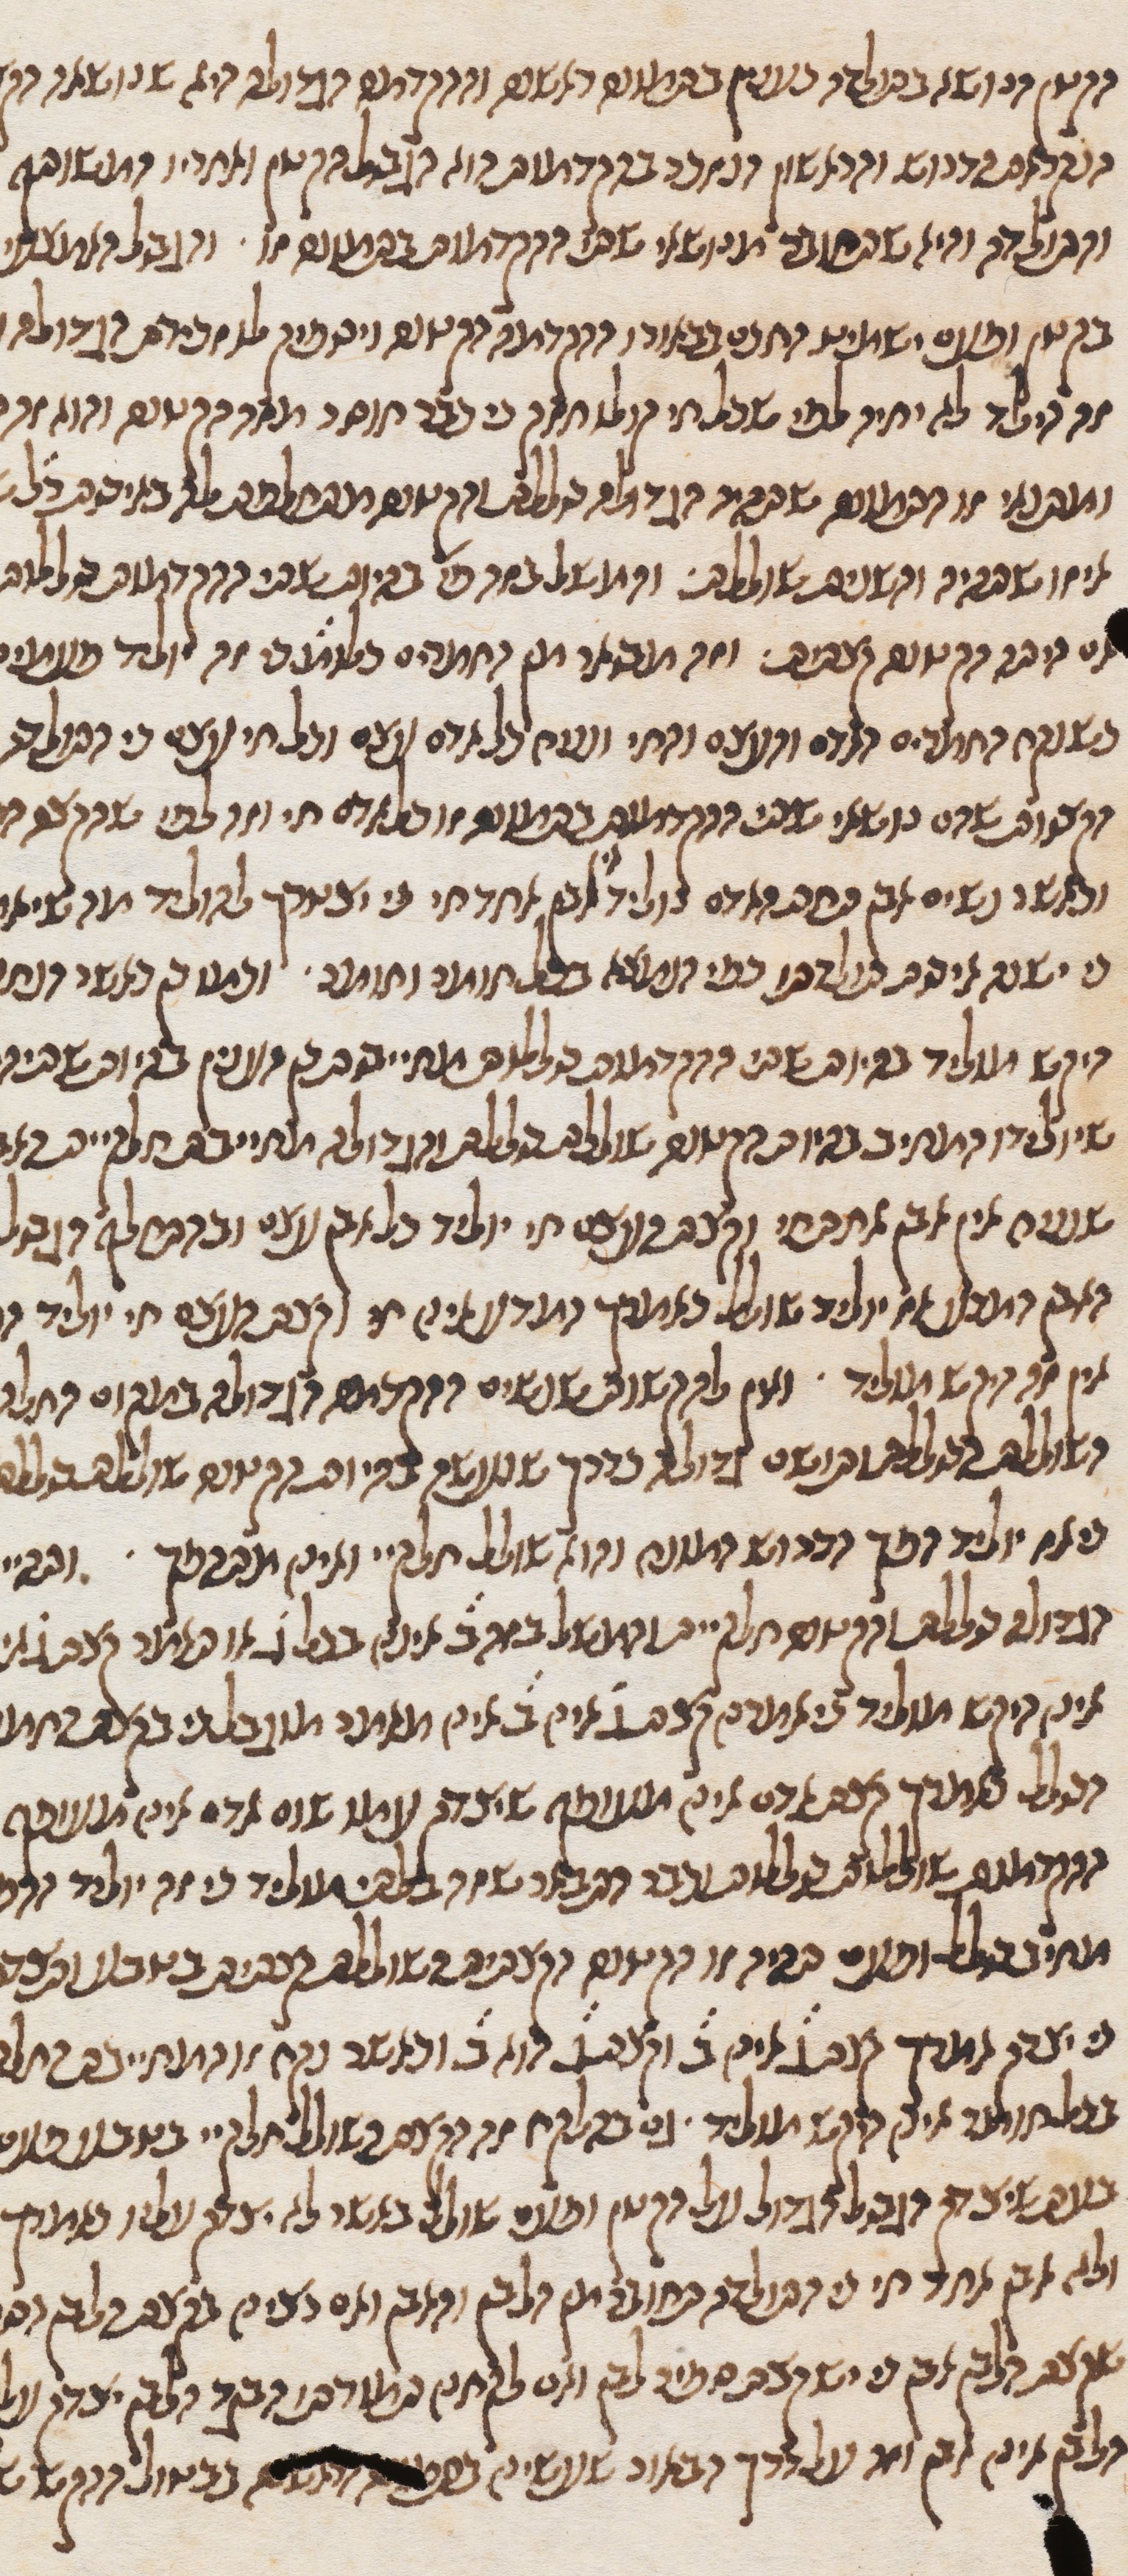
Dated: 1270–1330